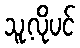
သူ့လိုပင်